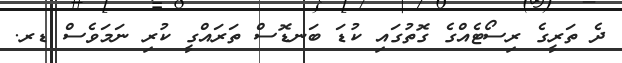
ދެ ތަރީގެ ރިސޯޓެއްގެ ގޮތުގައި ކުޑަ ބަނޑޮސް ތަރައްގީ ކުރި ނަމަވެސް ޑރ.